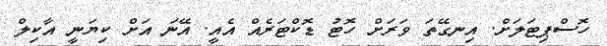
ހޮސްޕިޓަލަށް. އިނގޭތަ ވަރަށް ހޮޓު ޑޮކްޓަރެއް އެއީ. އޭނަ އަށް ކިޔަނީ އާކިލް